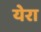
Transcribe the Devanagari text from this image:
येरा